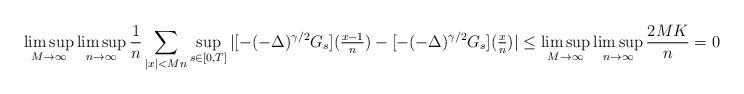
LaTeX: \begin{align*} \limsup_{M \rightarrow \infty} \limsup_{n \rightarrow \infty} \frac{1}{n} \sum_{|x| < M n } \sup_{s \in [0,T]}| [ -(-\Delta)^{\gamma/2}G_s](\tfrac{x-1}{n}) - [ -(-\Delta)^{\gamma/2}G_s](\tfrac{x}{n}) | \leq \limsup_{M \rightarrow \infty} \limsup_{n \rightarrow \infty} \frac{2MK}{n}=0.\end{align*}